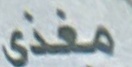
مغذي